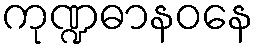
ကုဏ္ဍဓာနဝနေ